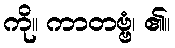
ကို။ ကာတဗ္ဗံ၊ ၏။